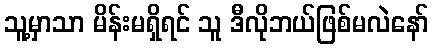
သူ့မှာသာ မိန်းမရှိရင် သူ ဒီလိုဘယ်ဖြစ်မလဲနော်